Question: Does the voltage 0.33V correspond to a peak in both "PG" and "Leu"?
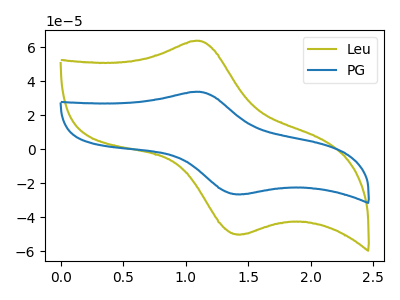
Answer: <think>The olive curve "Leu" has an anodic peak at (1.10V, 63.80uA) and a cathodic peak at (1.45V, -50.15uA). The blue curve "PG" has an anodic peak at (1.10V, 33.75uA) and a cathodic peak at (1.45V, -26.55uA).</think>
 <answer>No, "PG" and "Leu" dont share a peak at 0.33V.</answer>
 <eval>mismatch</eval>